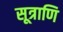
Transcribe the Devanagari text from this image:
सूत्राणि